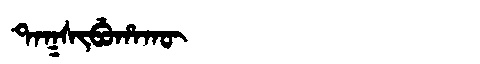
Manchu: ᡨᠠᡴᠰᡳᠪᡠᡥᠠᡴᡡ
Romanization: TAKSIBUHAKŪ